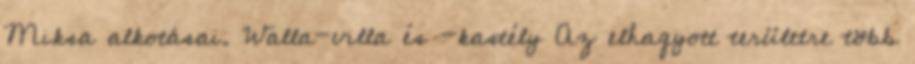
Miksa alkotásai. Walla-villa és -kastély Az elhagyott területre több